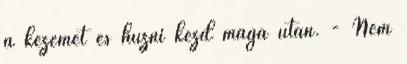
a kezemet és húzni kezd maga után. - Nem